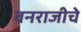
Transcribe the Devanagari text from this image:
वनराजीचे